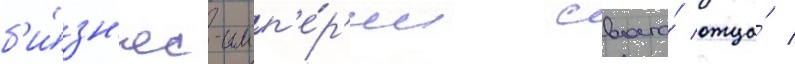
б'и́зн'ес-имп'е́р'ии своего́ отца́ /